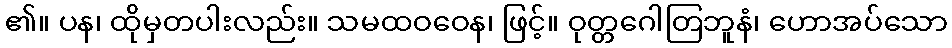
၏။ ပန၊ ထိုမှတပါးလည်း။ သမထဝဝေန၊ ဖြင့်။ ဝုတ္တဂေါတြဘူနံ၊ ဟောအပ်သော